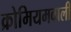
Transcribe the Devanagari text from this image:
क्रोमियमवाली